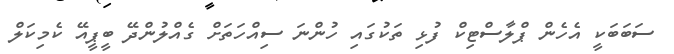
ސަބަބަކީ އެހެން ޕްލާސްޓިކް ފުޅި ތަކުގައި ހުންނަ ސިއްހަތަށް ގެއްލުންދޭ ބީޕީއޭ ކެމިކަލް